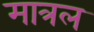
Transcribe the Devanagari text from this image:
मात्रल